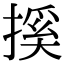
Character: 㨙